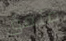
متفق